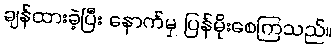
ချန်ထားခဲ့ပြီး နောက်မှ ပြန်မိုးစေကြသည်။